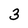
Character: 3